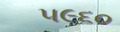
૫૯૬૦